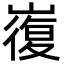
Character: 㠅